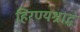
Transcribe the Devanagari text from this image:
हिरण्यश्राद्ध